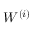
W ^ { ( i ) }